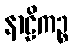
နာဠိကဉ္စ